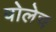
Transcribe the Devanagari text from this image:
वोलेच